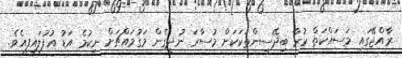
ރާއްޖޭގައި މަސައްކަތް ކުރާ ބިދޭސީންތަކަކަށް މުސާރަ ނުދީގެން މަގުމައްޗަށް ނިކުމެ އަޑު އުފުލައިފިއެވެ.